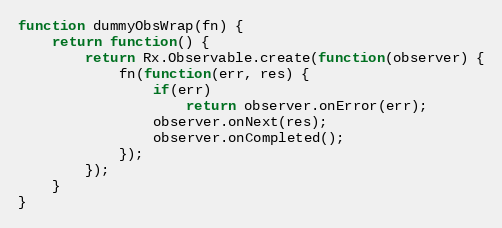
Language: JavaScript
function dummyObsWrap(fn) {
    return function() {
        return Rx.Observable.create(function(observer) {
            fn(function(err, res) {
                if(err)
                    return observer.onError(err);
                observer.onNext(res);
                observer.onCompleted();
            });
        });
    }
}